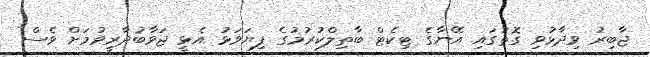
ޖާބިރު ވިދާޅުވި ގޮތުގައި އޭނާގެ ޓިކެޓް ބާތިލްކުރުމުގެ ފިޔަވަޅު އެޅީ ޖަވާބުދާރީވުމަށް ވެސް